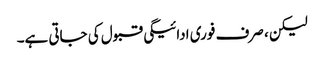
لیکن ، صرف فوری ادائیگی قبول کی جاتی ہے۔